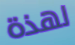
لهذة